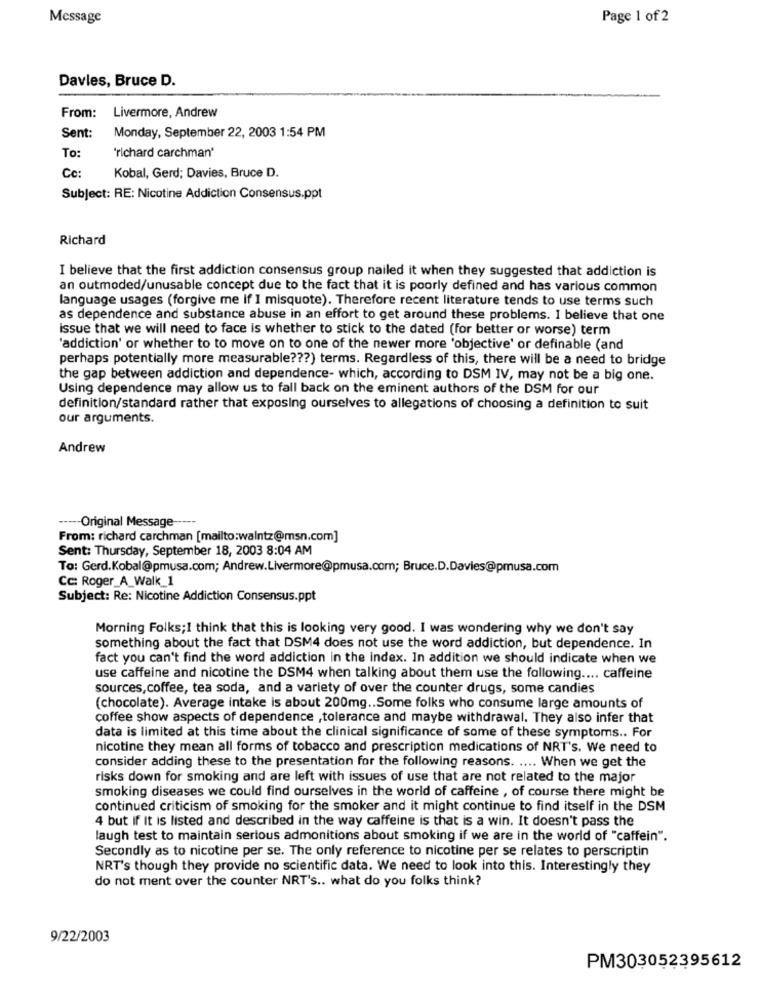
Message
Page 1 of 2
Davles, Bruce D.
From:
Livermore, Andrew
Sent:
Monday, September 22, 2003 1:54 PM
To:
'richard carchman'
Ce:
Kobal, Gerd; Davies, Bruce D.
Subject: RE: Nicotine Addiction Consensus.ppt
Richard
I believe that the first addiction consensus group nailed it when they suggested that addiction is
an outmoded/unusable concept due to the fact that it is poorly defined and has various common
language usages (forgive me if I misquote). Therefore recent literature tends to use terms such
as dependence and substance abuse in an effort to get around these problems. I believe that one
issue that we will need to face is whether to stick to the dated (for better or worse) term
"addiction' or whether to to move on to one of the newer more 'objective' or definable (and
perhaps potentially more measurable ??? ) terms. Regardless of this, there will be a need to bridge
the gap between addiction and dependence- which, according to DSM IV, may not be a big one.
Using dependence may allow us to fall back on the eminent authors of the DSM for our
definition/standard rather that exposing ourselves to allegations of choosing a definition to suit
our arguments.
Andrew
--- Original Message -----
From: richard carchman [mailto:walntz@msn.com]
Sent: Thursday, September 18, 2003 8:04 AM
To: Gerd.Kobal@pmusa.com; Andrew.Livermore@pmusa.com; Bruce.D.Davies@pmusa.com
Cc: Roger_A_Walk_1
Subject: Re: Nicotine Addiction Consensus.ppt
Morning Folks;I think that this is looking very good. I was wondering why we don't say
something about the fact that DSM4 does not use the word addiction, but dependence. In
fact you can't find the word addiction in the index. In addition we should indicate when we
use caffeine and nicotine the DSM4 when talking about them use the following .... caffeine
sources, coffee, tea soda, and a variety of over the counter drugs, some candies
(chocolate). Average intake is about 200mg .. Some folks who consume large amounts of
coffee show aspects of dependence , tolerance and maybe withdrawal. They also infer that
data is limited at this time about the clinical significance of some of these symptoms .. For
nicotine they mean all forms of tobacco and prescription medications of NRT's. We need to
consider adding these to the presentation for the following reasons. .... When we get the
risks down for smoking and are left with issues of use that are not related to the major
smoking diseases we could find ourselves in the world of caffeine , of course there might be
continued criticism of smoking for the smoker and it might continue to find itself in the DSM
4 but if It is listed and described in the way caffeine is that is a win. It doesn't pass the
laugh test to maintain serious admonitions about smoking if we are in the world of "caffein".
Secondly as to nicotine per se. The only reference to nicotine per se relates to perscriptin
NRT's though they provide no scientific data. We need to look into this. Interestingly they
do not ment over the counter NRT's .. what do you folks think?
9/22/2003
PM303052395612